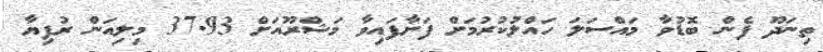
ތިނަދޫ ފެން ބޮޑުވާ މައްސަލަ ހައްލުކުރުމަށް ފަށާފައިވާ މަޝްރޫއަށް 37.93 މިލިއަން ރުފިޔާ